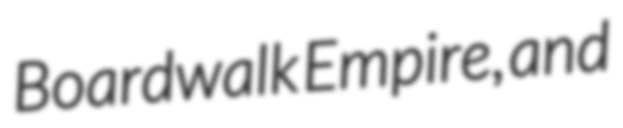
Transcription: Boardwalk Empire, and